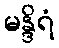
မန္ဒိရံ